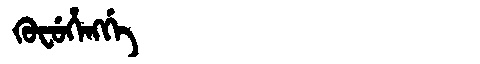
Manchu: ᡴᡠᠸᡠᡥᡝᠩᡤᡝ
Romanization: KUFUHENGGE